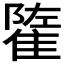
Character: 𨿭